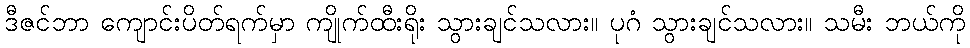
ဒီဇင်ဘာ ကျောင်းပိတ်ရက်မှာ ကျိုက်ထီးရိုး သွားချင်သလား။ ပုဂံ သွားချင်သလား။ သမီး ဘယ်ကို